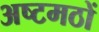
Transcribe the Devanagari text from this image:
अष्टमठों